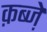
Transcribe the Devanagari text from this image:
क़ब्जे़